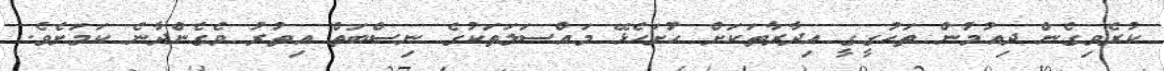
ކުރެވިގެން ދިއުމުން ތަހުގީގީ އިދާރާތަކަށް ހުށަހެޅޭ މައްސަލަތަކުގެ ނިސްބަތް އިތުރު ވެގެންދާނެ ކަމަށެވެ.